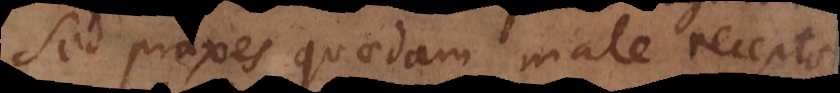
sed praxes quaedam male receptae